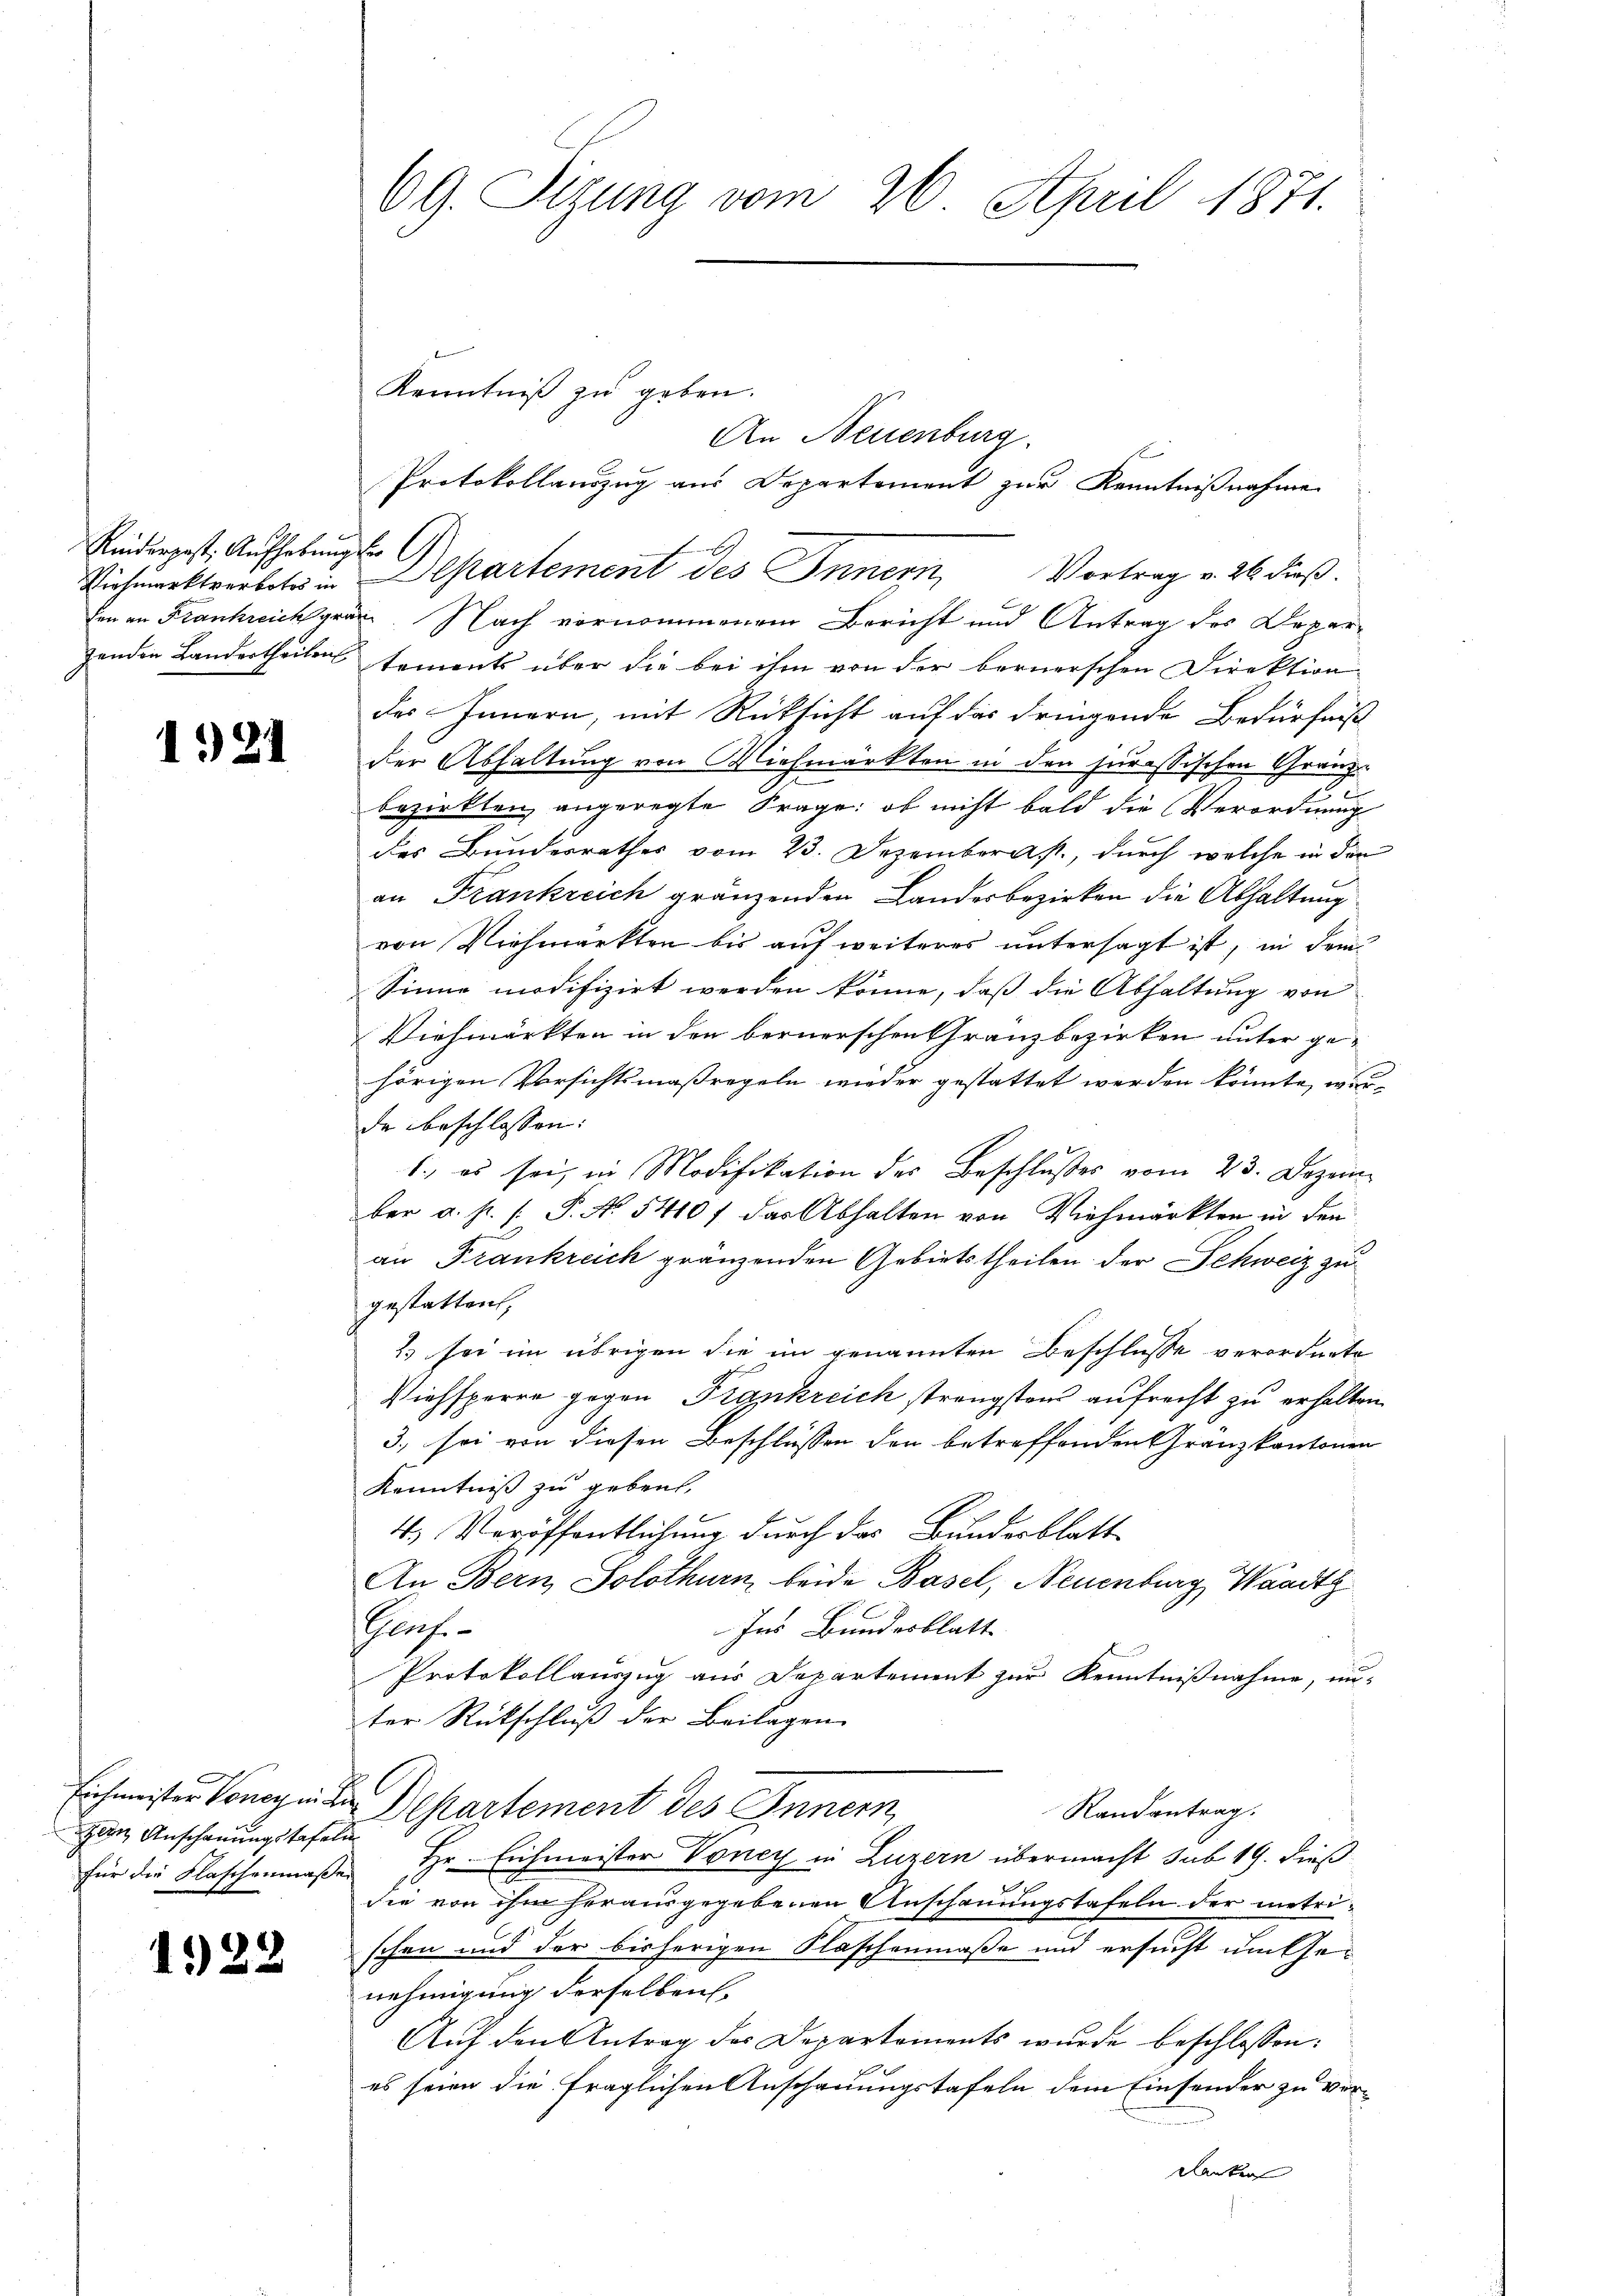
Reiderpost. Aufhebung der

121

Zein Anschauungstafeln

1922

69. Sizung vom 26. April 1871.

Kenntniß zu geben.
An Neuenburg.
1
Protokollauszug aus Departement zur Kenntnißnahme
Viehmarktverbete in Departement des Innern, Vortrag v. 26. dieß.
den an Frankreichgrän. Nach vernommenem Bericht und Antrag des Deparzenden Landertheilen tements über die bei ihm von der bernerschen Direktion
des Innern, mit Rücksicht auf das dringende Bedürfniß
der Abhaltung von Viehmärkten in den jurassischen Gränze
bezirkten angeregte Frage: ob nicht bald die Verordnung
des Bundesrathes vom 23. Dezembergst., durch welche in den
an Frankreich gränzenden Landesbezirken die Abhaltung
von Viehmärkten bis auf weiteres untersagt ist, in dem
Sinne modifizirt werden könne, daß die Abhaltung von
Viehmärkten in den bernerschen Granzbezirken unter ge-
hörigen Versichtsmaßregeln wieder gestattet werden könnte, worde beschlossen:
1., es sei, in Modifikation des Beschlußes vom 23. Dezem
ber a. p. [ P. N. 5410 f das Abhalten von Viehmärkten in den
an Frankreich gränzenden Gebietstheilen der Schweiz zu
gestatten,
2) sei im übrigen die im genannten Beschlüsse verordnete
Viehsperre gegen Frankreich strengsten aufrecht zu erhalten
3., sei von diesen Beschlüssen den betreffenden Granzkantonen
Kenntniß zu geben,
4. Veröffentlichung durch das Bundesblatt
An Bern, Solothurn beide Basel, Neuenburg, Waadt
Ins Bundesblatt
Haf.-
Protokollauszug aus Departement zur Kenntnißnahme, un-
ter Rückschluß der Beilagen
Eichmeister Vonerin der Departement des Innern,
Randantrag.
für die Flaschenmaße Hr. Eichmeister Voncy in Luzern übermacht sub 19. dieß
die von ihm herausgegebenen Anschauungstafeln der metrischen und der bisherigen Klaschenmaße und ersucht um Genehmigung derselben.
Auf den Antrag des Departements wurde beschlossen:
es seien die fraglichen Anschauungstafeln dem Einsender zu ver¬